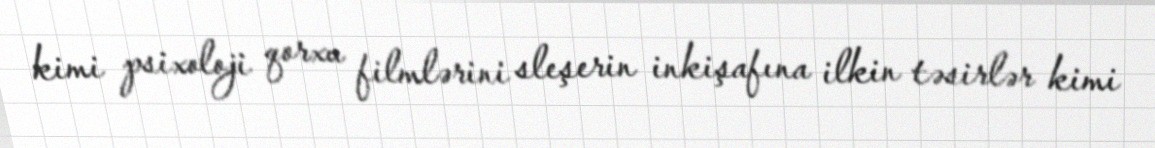
kimi psixoloji qorxu filmlərini sleşerin inkişafına ilkin təsirlər kimi